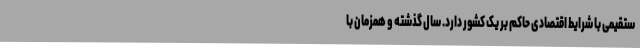
ستقیمی با شرایط اقتصادی حاکم بر یک کشور دارد. سال گذشته و همزمان با